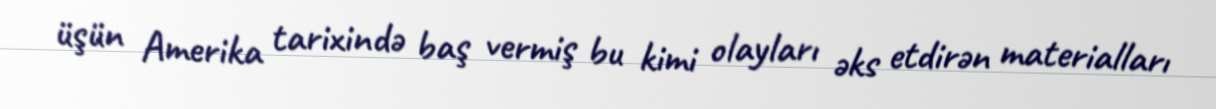
üşün Amerika tarixində baş vermiş bu kimi olayları əks etdirən materialları